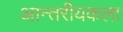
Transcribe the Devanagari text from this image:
आन्तरीयकला